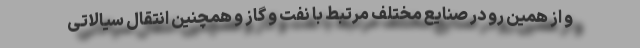
و از همین رو در صنایع مختلف مرتبط با نفت و گاز و همچنین انتقال سیالاتی